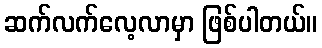
ဆက်လက်လေ့လာမှာ ဖြစ်ပါတယ်။